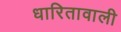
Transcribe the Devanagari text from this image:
धारितावाली